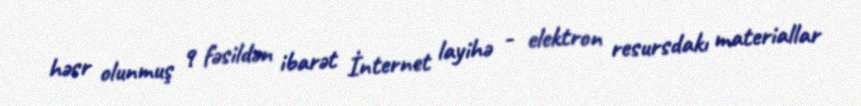
həsr olunmuş 9 fəsildən ibarət İnternet layihə - elektron resursdakı materiallar